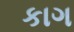
કાગ